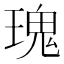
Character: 瑰